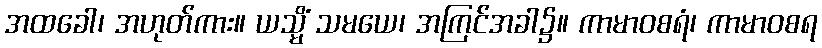
အထခေါ၊ အဟုတ်ကား။ ယသ္မိံ သမယေ၊ အကြင်အခါ၌။ ကာမာဝစရံ၊ ကာမာဝစရ